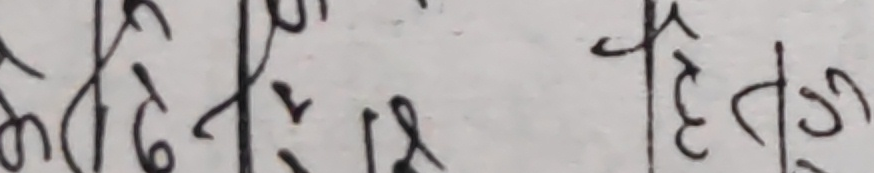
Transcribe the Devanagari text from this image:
र १८